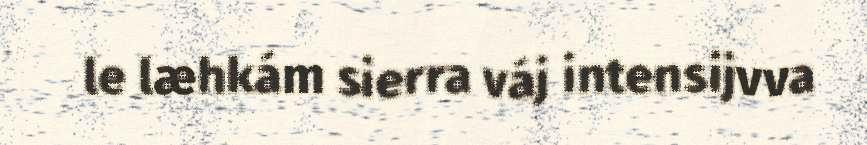
le læhkám sierra váj intensijvva